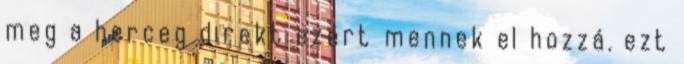
meg a herceg direkt ezért mennek el hozzá. ezt